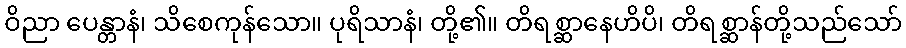
ဝိညာ ပေန္တာနံ၊ သိစေကုန်သော။ ပုရိသာနံ၊ တို့၏။ တိရစ္ဆာနေဟိပိ၊ တိရစ္ဆာန်တို့သည်သော်